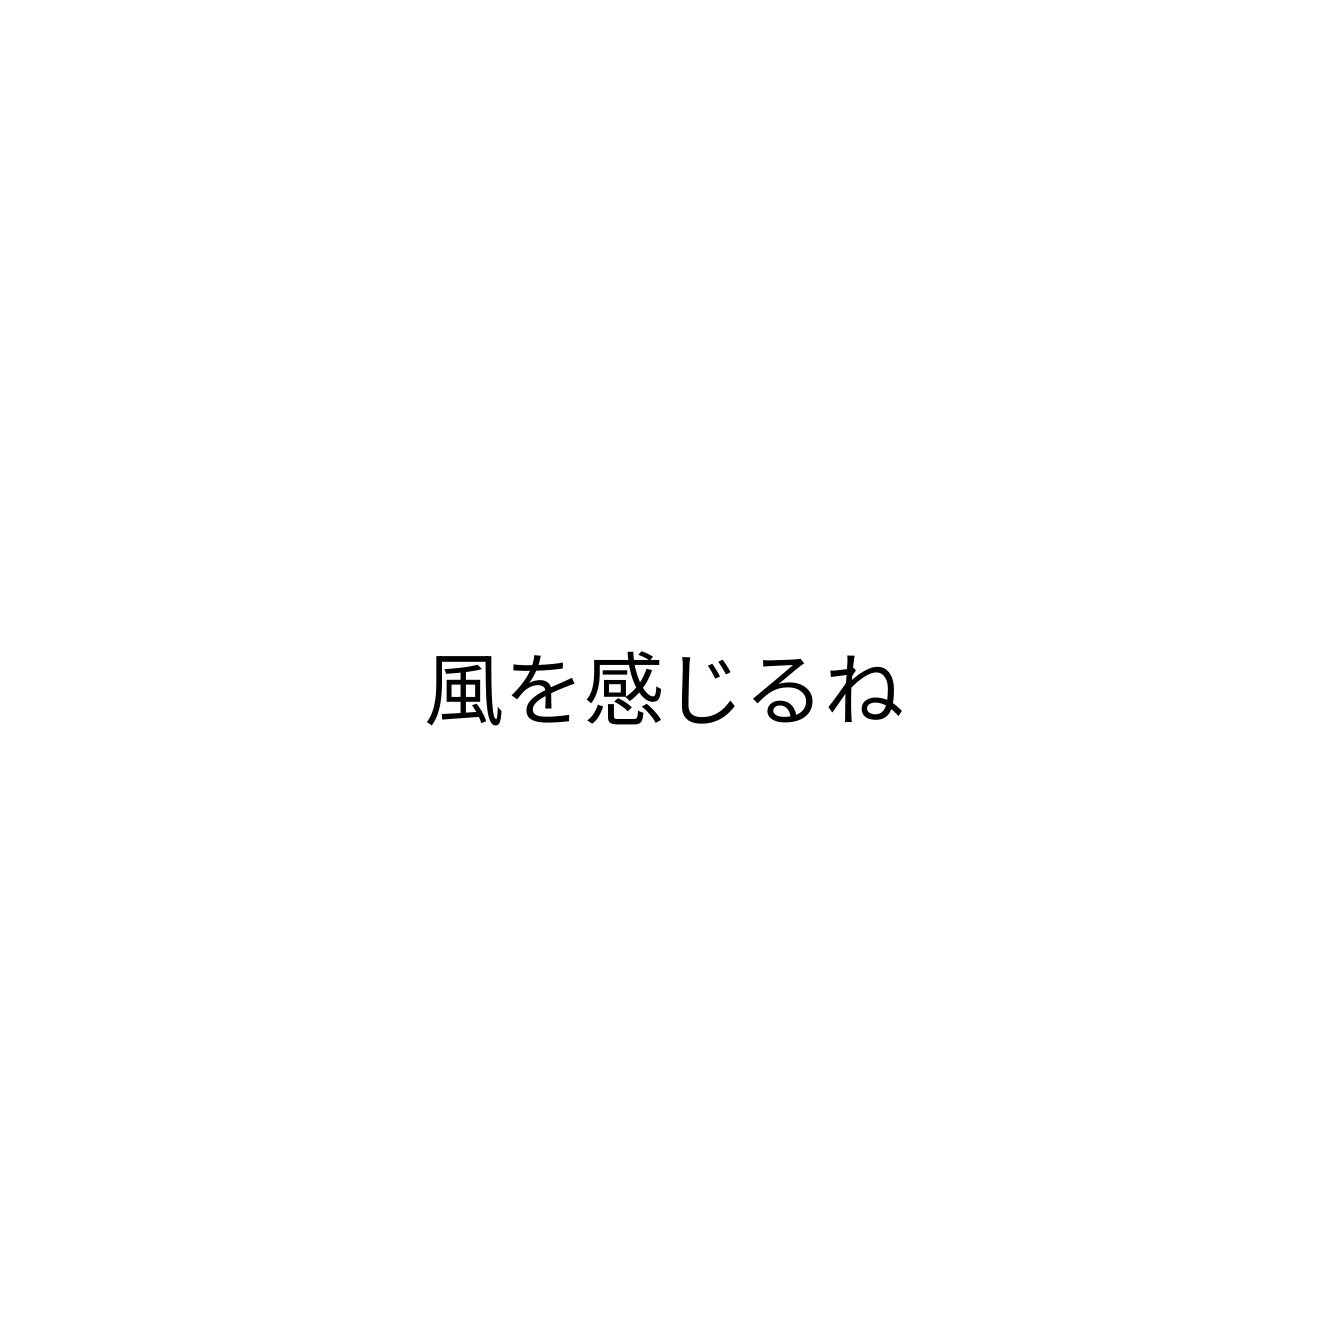
風を感じるね